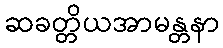
ဆခတ္တိယအာမန္တနာ